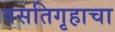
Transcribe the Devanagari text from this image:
वसतिगृहाचा